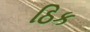
ઠિક